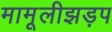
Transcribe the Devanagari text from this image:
मामूलीझड़प